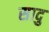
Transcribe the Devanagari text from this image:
सादु